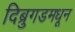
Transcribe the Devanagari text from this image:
दिब्रुगडमधून